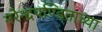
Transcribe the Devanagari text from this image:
नरेन्द्रपण्डिताच्या